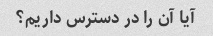
آیا آن را در دسترس داریم؟